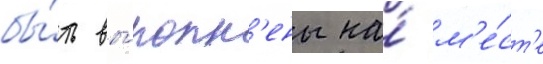
бы́ть вы́полн'ены на́ м'е́ст'е